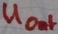
Text: UOut